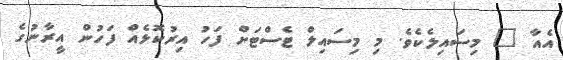
އެއާ " މިސައިލެކެވެ. މި މިސައިލް ޓެސްޓަށް ފަހު އިރުކޮޅެއް ފަހުން އީރާނުގެ